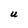
Character: U